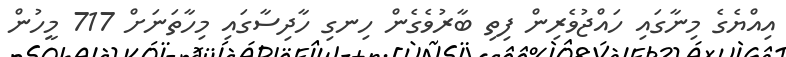
އިއްޔެގެ މިނާގައި ހައްޖުވެރިން ފިތި ބާރުވެގެން ހިނގި ހާދިސާގައި މިހާތަނަށް 717 މީހުން